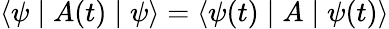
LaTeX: \langle\psi\mid A(t)\mid\psi\rangle=\langle\psi(t)\mid A\mid\psi(t)\rangle